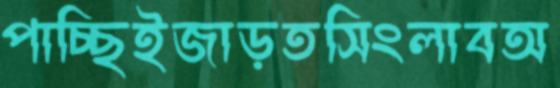
পাচ্ছিইজাড়তসিংলাবঅ